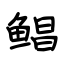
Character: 鲳